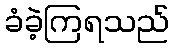
ခံခဲ့ကြရသည်